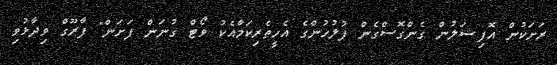
ރަށަކުން އޮފިޝަލުން ގެންގޮސްގެން ފުލުހުންގެ އެހީތެރިކަމާއެކު ވޯޓް ގުނަން ފަށަން" ފާރޫގް ވިދާޅުވި